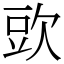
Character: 㰯